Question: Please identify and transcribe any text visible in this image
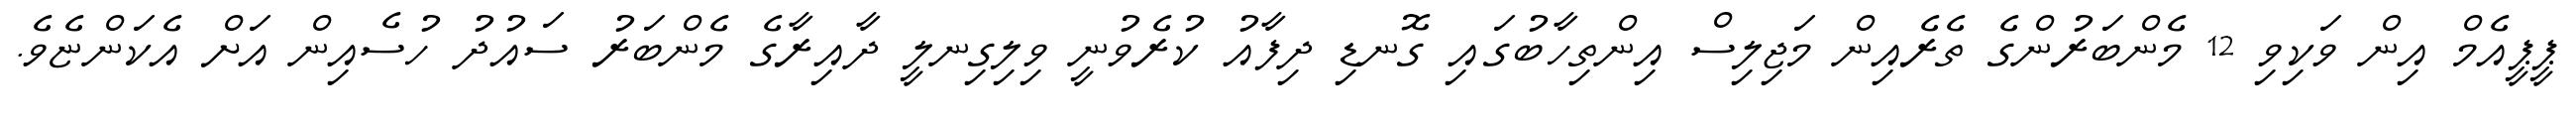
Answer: ޕީޕީއެމް އިން ވަކިވި 12 މެންބަރުންގެ ތެރެއިން މަޖިލިސް އިންތިހާބުގައި ގޮނޑި ދިފާއު ކުރެވުނީ ވިލިގިނލީ ދާއިރާގެ މެންބަރު ސައުދު ހުސެއިން އަށް އެކަންޏެވެ.